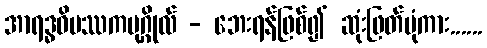
အာရဒ္ဓဝိပဿကပုဂ္ဂိုလ် - ဘေးရန်ဖြစ်၍ ဆုံးဖြတ်ပုံကား......